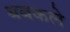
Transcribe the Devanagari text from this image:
थबकले